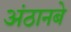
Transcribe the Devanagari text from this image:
अंठानबे